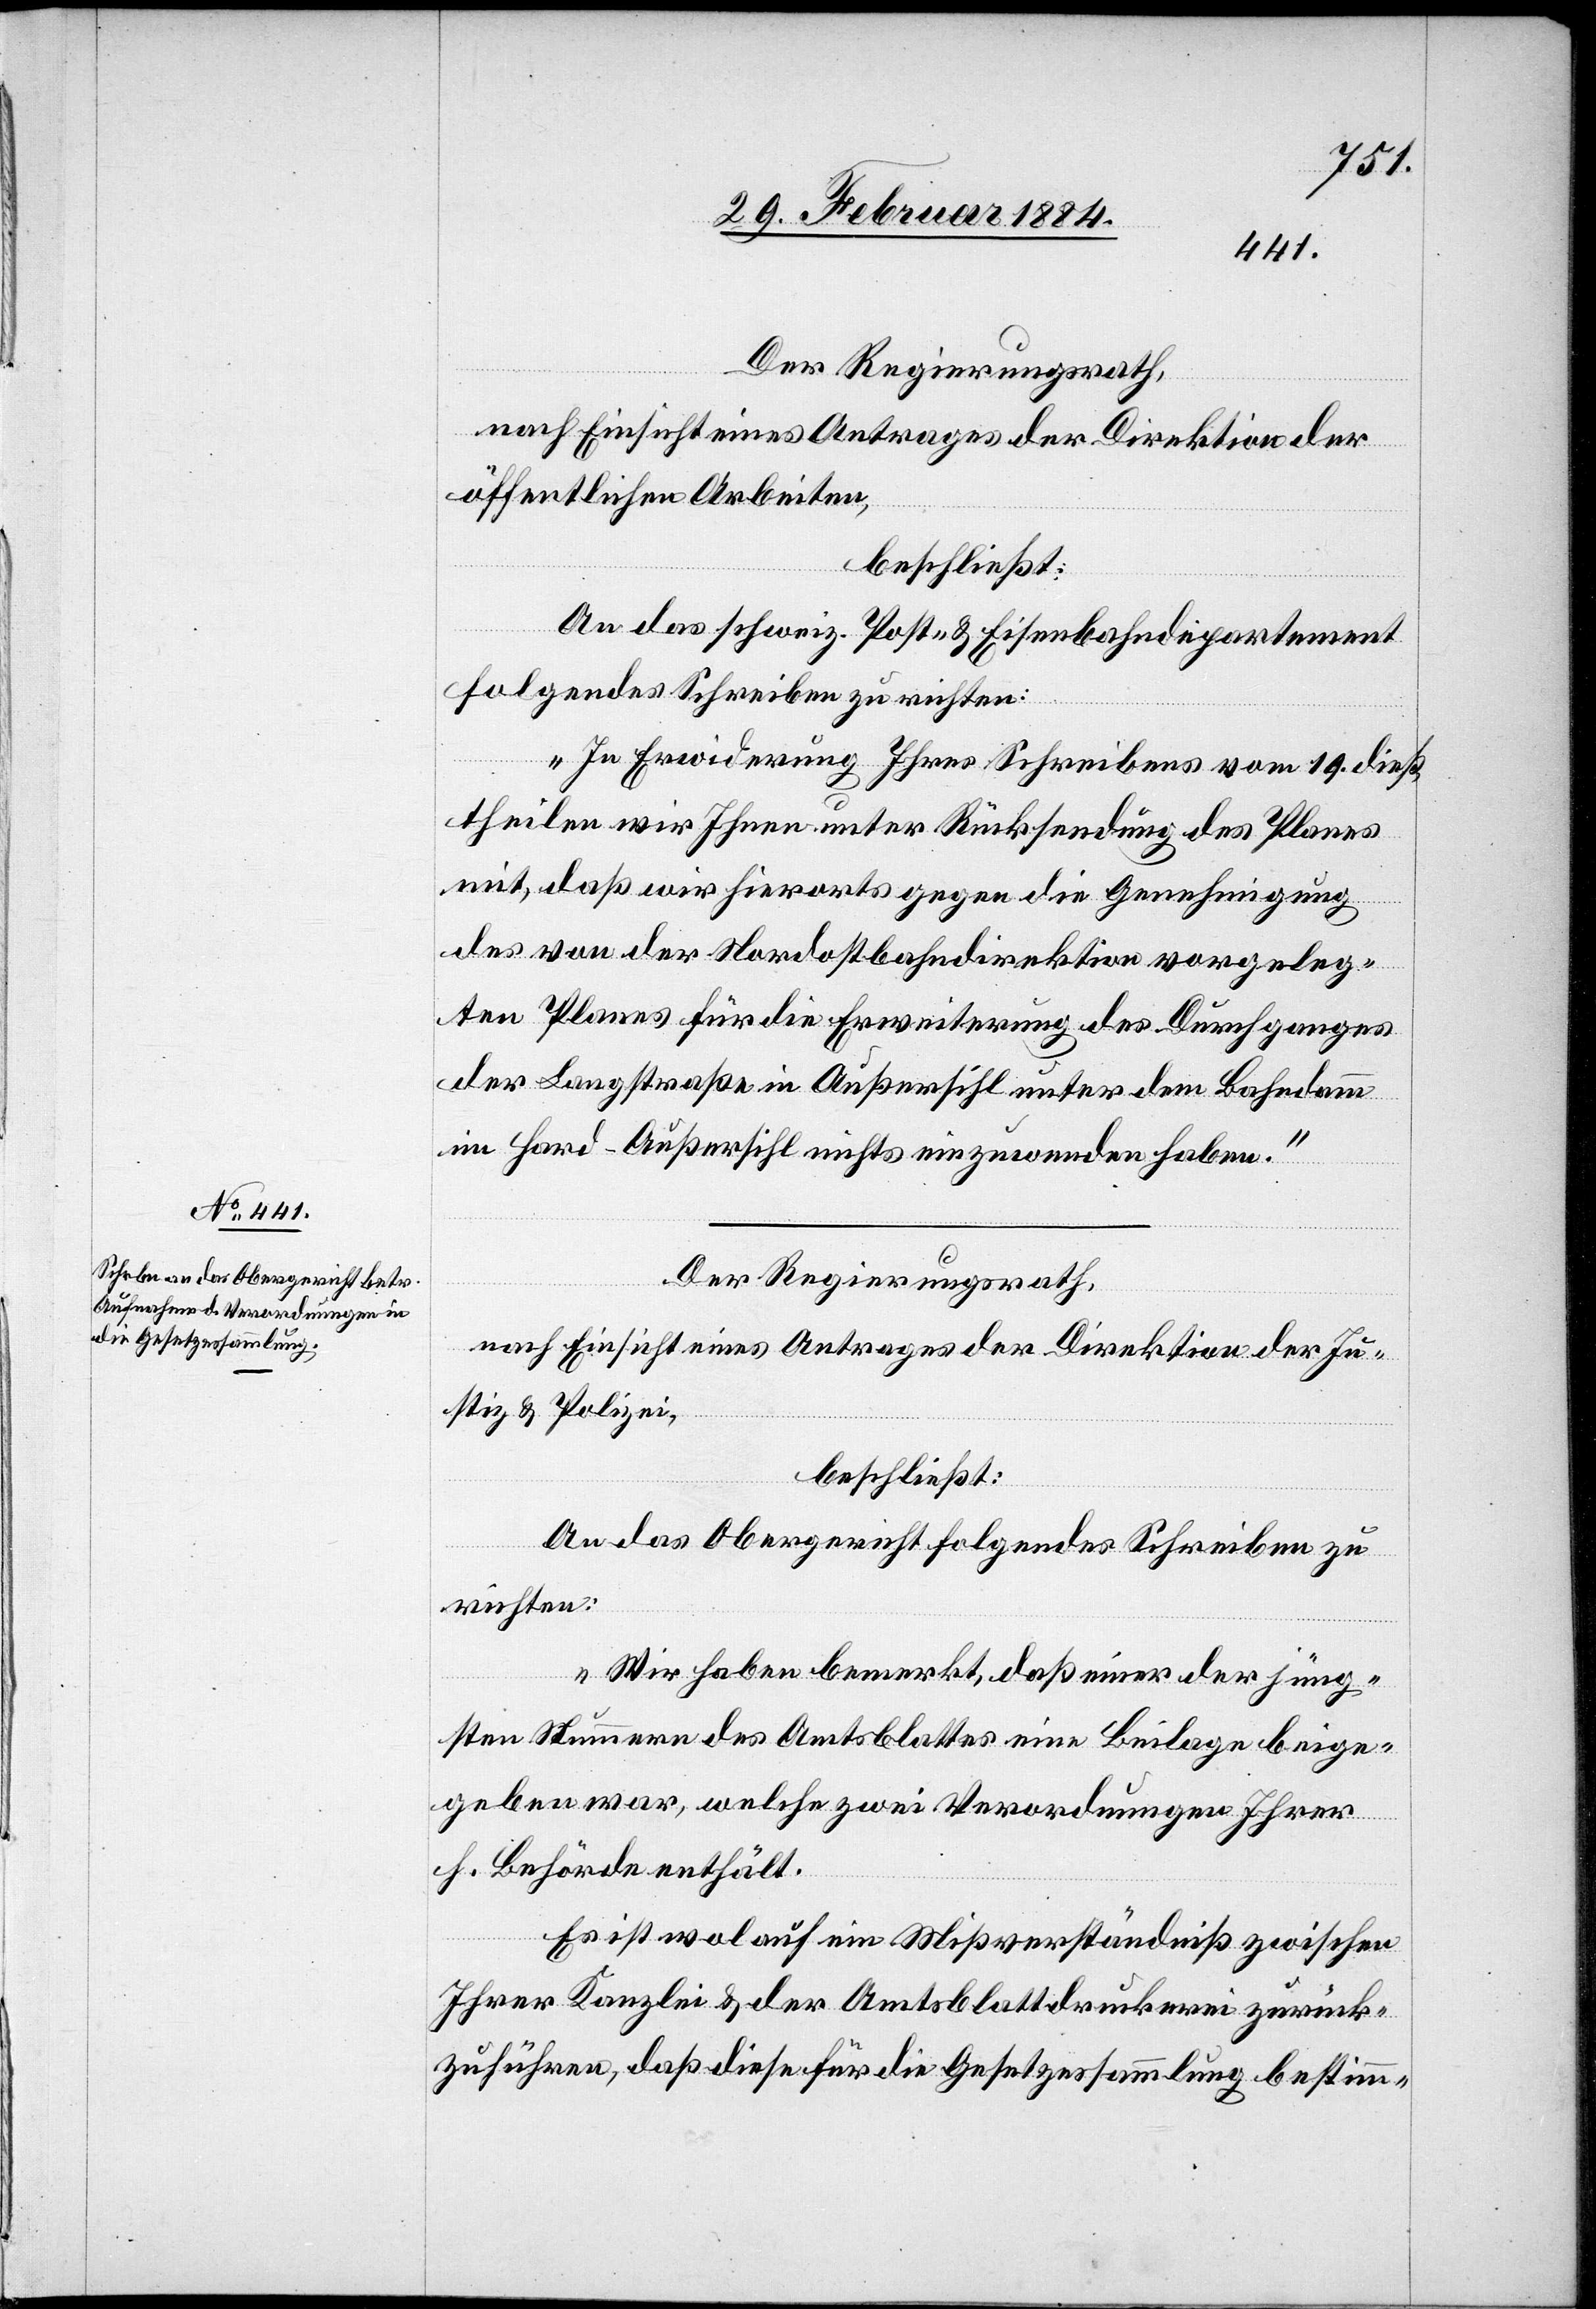
Der Regierungsrath,
nach Einsicht eines Antrages der Direktion der
öffentlichen Arbeiten,
beschließt:
An das schweiz. Post- & Eisenbahndepartement
folgendes Schreiben zu richten:
„In Erwiderung Ihres Schreibens vom 19. dieß,
theilen wir Ihnen unter Rücksendung des Planes
mit, daß wir hierorts gegen die Genehmigung
des von der Nordostbahndirektion vorgeleg¬
ten Planes für die Erweiterung des Durchganges
der Langstraße in Außersihl unter dem Bahndamm
im Hard - Außersihl nicht einzuwenden haben.“
Der Regierungsrath,
nach Einsicht eines Antrages der Direktion der Ju¬
stiz & Polizei,
beschließt:
An das Obergericht folgendes Schreiben zu
richten:
„Wir haben bemerkt, daß einer der jüng¬
sten Nummern des Amtsblattes eine Beilage beige¬
geben war, welche zwei Verordnungen Ihrer
h. Behörde enthält.
Es ist wohl auf ein Mißverständniß zwischen
Ihrer Kanzlei & der Amtsblattdruckerei zurück¬
zuführen, daß diese für die Gesetzessammlung bestimm-